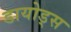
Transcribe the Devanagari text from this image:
डायोड्स